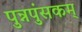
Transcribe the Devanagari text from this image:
पुन्नपुंसकम्‌